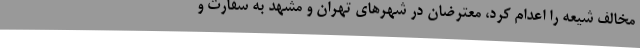
مخالف شیعه را اعدام کرد، معترضان در شهرهای تهران و مشهد به سفارت و